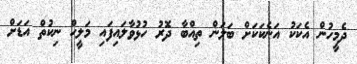
ދެމީހުން އެކަކު އަނެކަކަށް ބަލަން ތިއްބާ ދޮރު ހުޅުވާލައިފައި މަލީހް ނިކުތް އަޑަށް